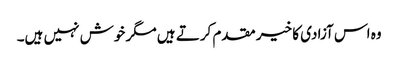
وہ اس آزادی کا خیر مقدم کرتے ہیں مگر خوش نہیں ہیں۔